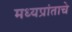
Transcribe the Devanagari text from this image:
मध्यप्रांताचे